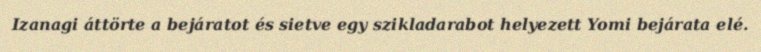
Izanagi áttörte a bejáratot és sietve egy szikladarabot helyezett Yomi bejárata elé.